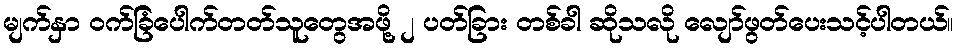
မျက်နှာ ဝက်ခြံပေါက်တတ်သူတွေအဖို့ ၂ ပတ်ခြား တစ်ခါ ဆိုသလို လျော်ဖွတ်ပေးသင့်ပါတယ်။